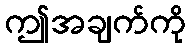
ဤအချက်ကို